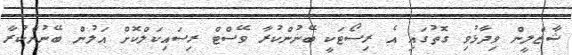
ޝާޒްލީން ވިދާޅުވި ގޮތުގައި އެ ރިސޯޓަކީ ބޭނުންކުރާ ވޭސްޓް ރިސައިކަލްކޮށް އަލުން ބޭނުންކުރާ